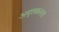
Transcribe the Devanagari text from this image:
अमृतकलश